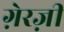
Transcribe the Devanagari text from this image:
ग़ेरज़ी